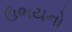
ઉભયનો